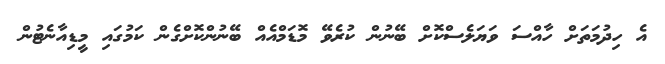
އެ ހިދުމަތަށް ހާއްސަ ވަޔަލެސްކޮށް ބޭނުން ކުރެވޭ މޮޑަމްއެއް ބޭނުންކޮށްގެން ކަމުގައި މީޑިއާނެޓުން